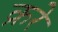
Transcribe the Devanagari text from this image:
क्ररे